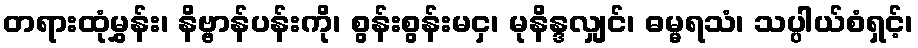
တရားထုံမွှန်း၊ နိဗ္ဗာန်ပန်းကို၊ စွန်းစွန်းမငှ၊ မုနိန္ဒလျှင်၊ ဓမ္မရသံ၊ သပ္ပါယ်စံရှင့်၊